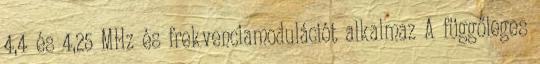
4,4 és 4,25 MHz és frekvenciamodulációt alkalmaz A függőleges